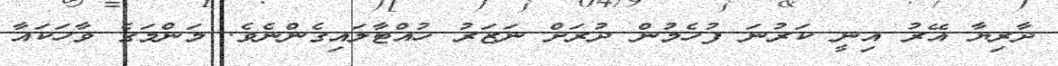
ދާރިޔާ އޭރު އިނީ ކަރުނަ ފުހެމުން ދުރަށް ނަޒަރު ހުއްޓާލައިގެންނެވެ. މަންމަގެ ވާހަކައާ